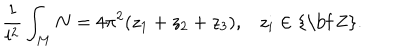
\frac { 1 } { l ^ { 2 } } \int _ { M } N = 4 \pi ^ { 2 } ( z _ { 1 } + z _ { 2 } + z _ { 3 } ) , z _ { i } \in \mathrm { { \bf ~ Z } } .